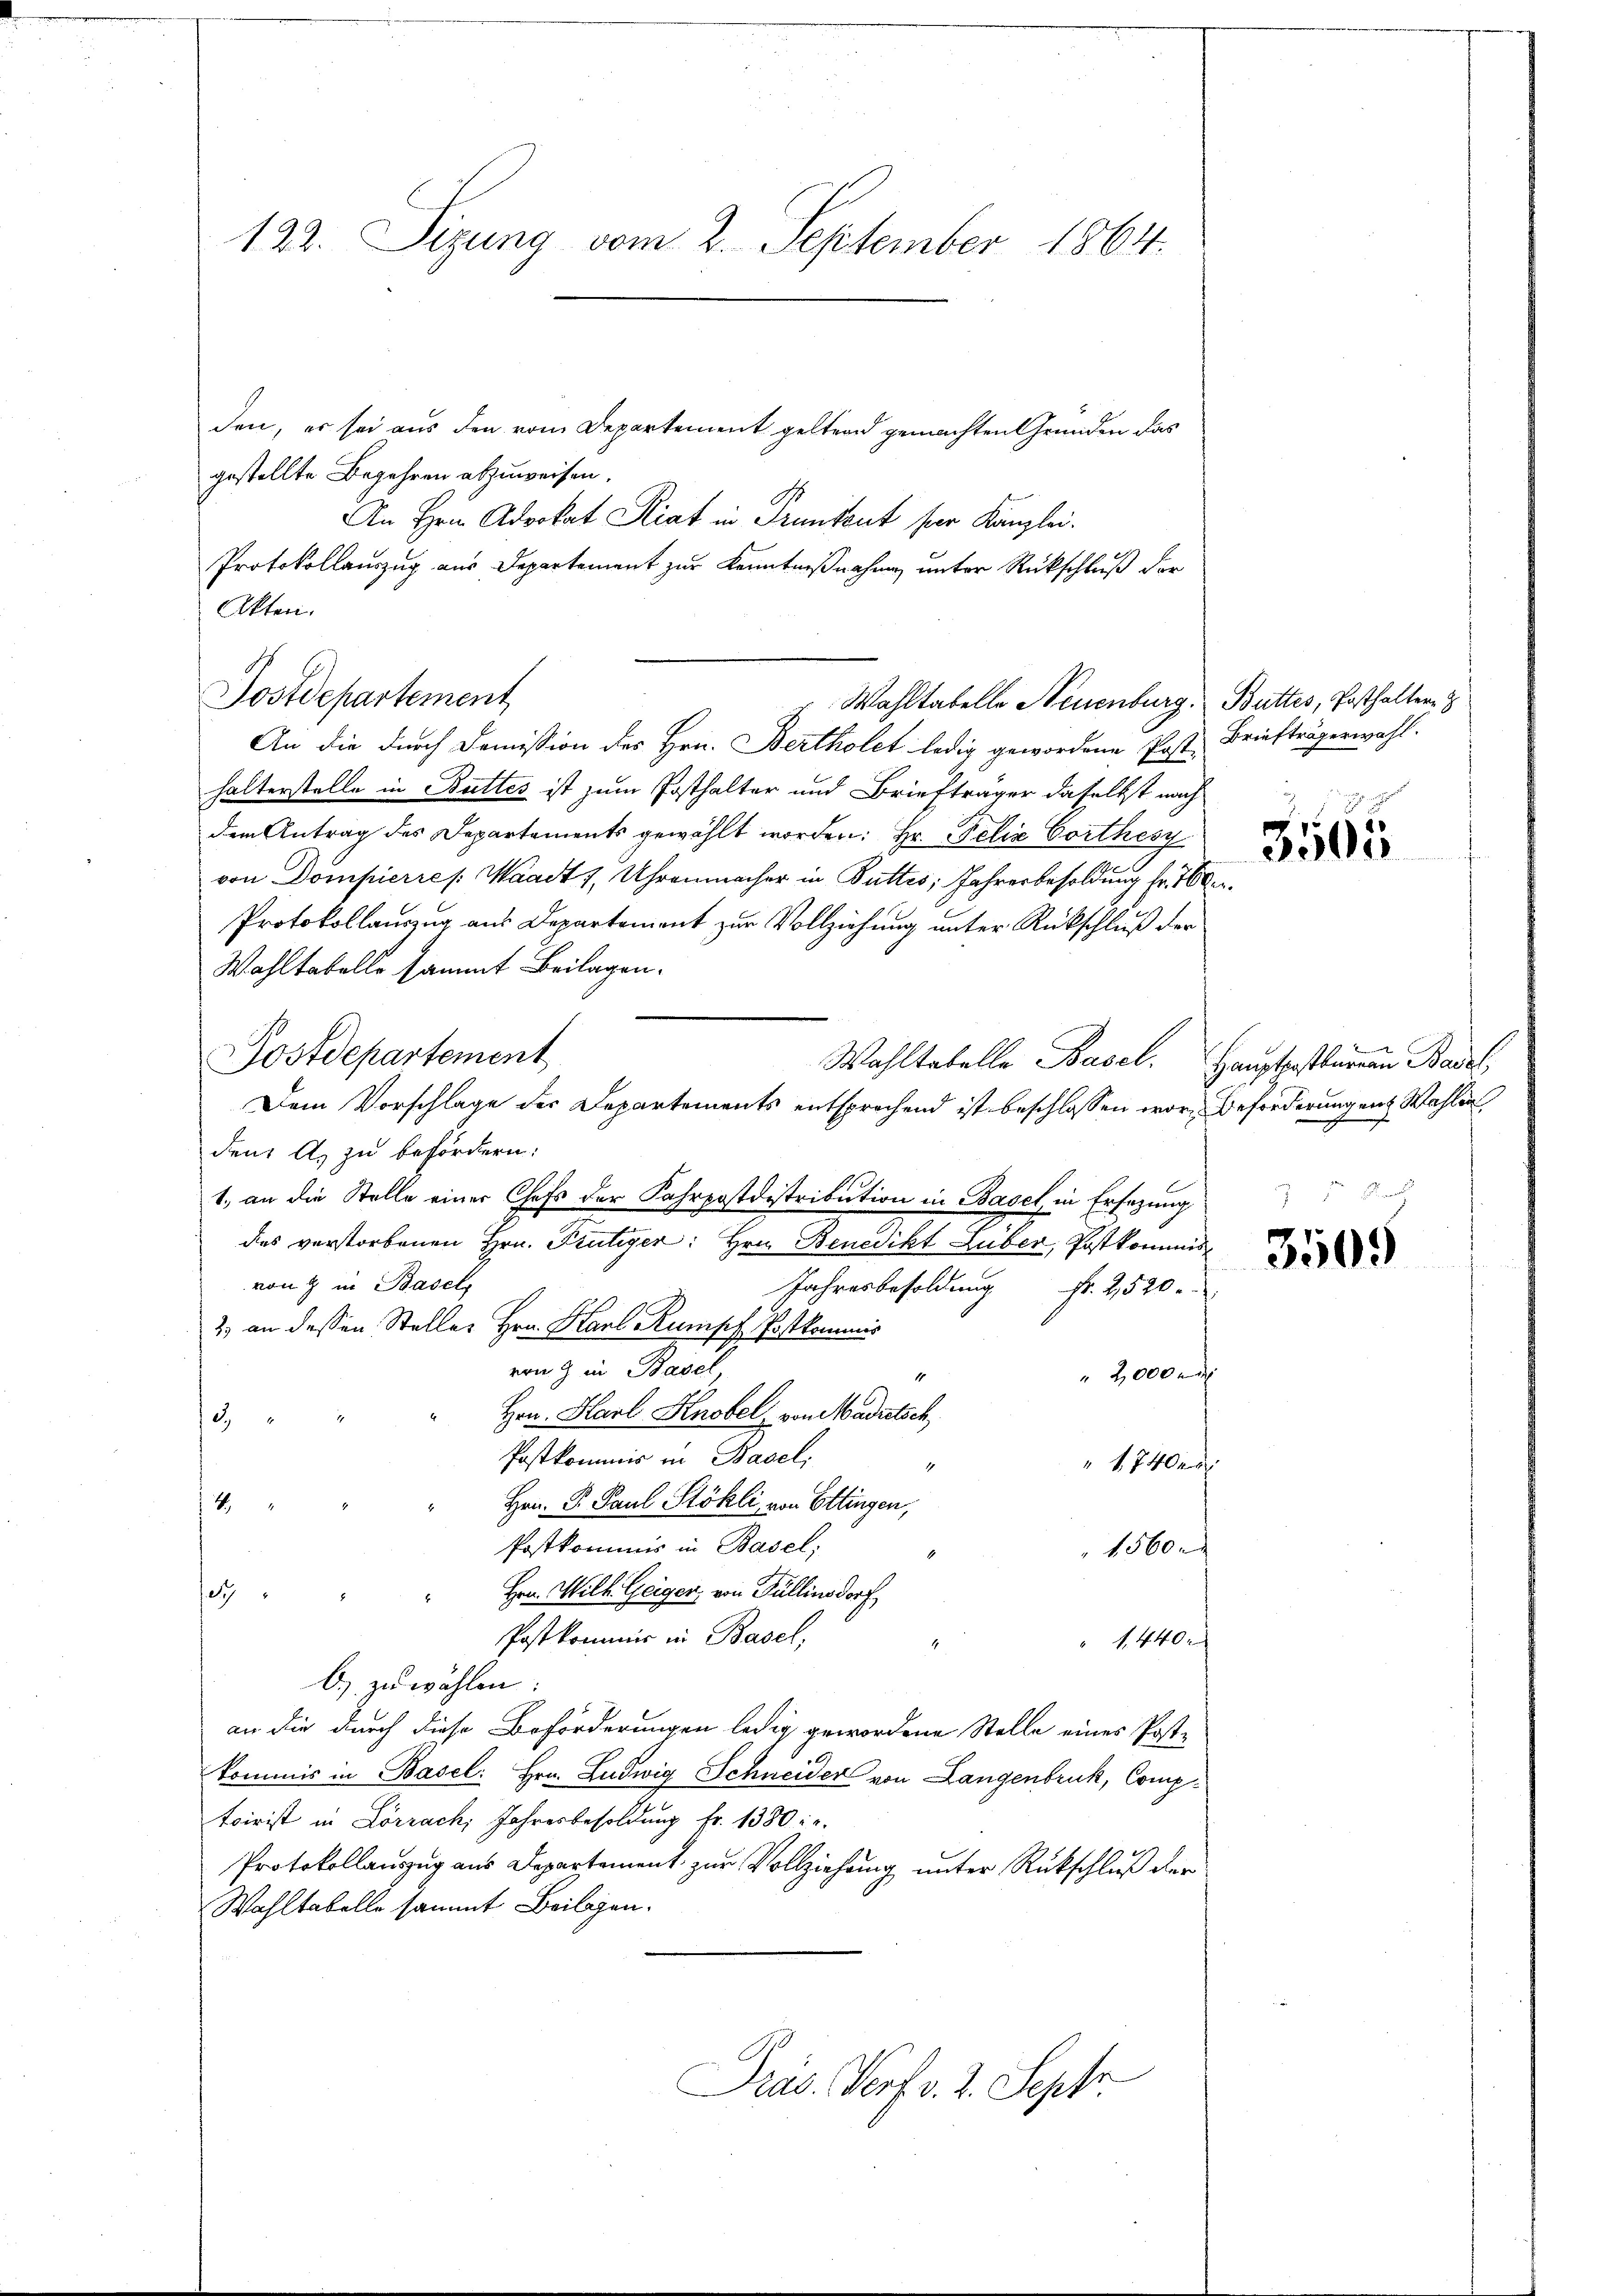
122. Sizung vom 2. September 1864.

den, es sei aus den vom Departement geltern gemachten Gründen das
gestellte Begehren abzuweisen.
e
An Hrnn Advokat Sliat in Trunkent per Kanzlei.
Protokollauszug aus Departement zur Kenntnißnahmen unter Rückschluß der
Akten.
Postdepartement
An die durch Domission des Hrn. Bertholet ledig gewordene Post. Briefträgerwahl.
halterstelle in Buttes ist zum Posthalter und Briefträger daselbst nach
dem Antrag des Departements gewählt worden: Hr. Felix Corthes
von Dompierre /: Waadt 7. Uhrenmacher in Buttes, Jahresbesoldung fr. 160
Protokollauszug aus Departement zur Vollziehung unter Rückschluß der
Wahltabelle sammt Beilagen.
Postdepartement
Wohltabelle Basel. Haustostkurren Basel,
Dem Vorschlage des Departements entsprochend ist beschlossen wor-Beförderungen Wahlen
den A. zu befördern.
1. an die Stelle einer Chefs der Fahrpostdistribution in Basel, in Ersezung
des verstorbenen Hrn. Frutiger: Hrn. Benedikt Luber, Postkommisvon & in Basel,
Jahresbesoldung Fr. 2520.
2) an dessen Steller Hrn. Karl Rumpf Postkommis
von & in Basel,
 20000
4
Hrn. Karl Knobel, von Madretsch
2,
Postkommis in Basel,
"" 1740
Hrn. P. Paul Stöhli, von Ettingen,
4
Postkommis in Basel,
1560.
Hrn. Wilh. Geiger von Füllinsdorf
e
Postkommis in Basel,
" 1. 440 x
.
b) zu wählen:
an die durch diese Beförderungen ledig gewordene Stelle eines Postkommis in Basel: Hrn. Ludwig Schneider von Langenbruck, Comp.
toir ist in Lörrach, Jahresbesoldung fr. 1380 l.
Protokollauszug aus Departement zur Vollziehung unter Rückschluß der
Wahltabelle sammt Beilagen.
e
Präs. Verf. v. 2. Septe

Wahltabelle Neuenburg. Butter, Posthaltern z

3565

1 Flaach

3505